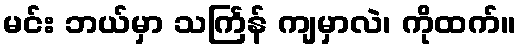
မင်း ဘယ်မှာ သင်္ကြန် ကျမှာလဲ၊ ကိုထက်။